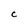
Character: c